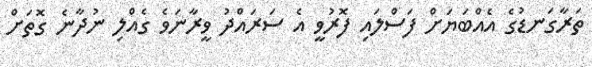
ތަރާގަނޑުގެ އެއްބަޔަށް ފަސްލައި ފޮރުވީ އެ ސަރައްދު ވީރާނަވެ ގެއްލި ނުދާނެ ގޮތަށް